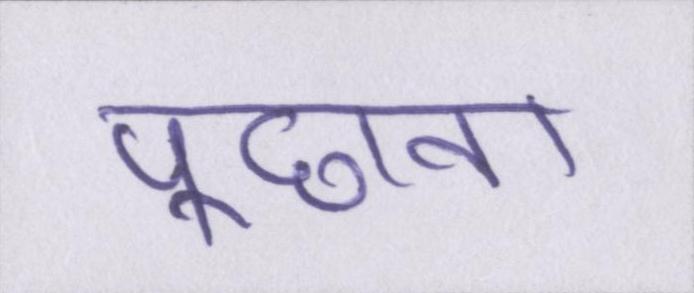
पूछना